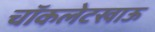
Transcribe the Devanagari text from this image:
चॉकलेटखाऊ